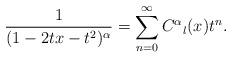
LaTeX: \begin{align*}\frac{1}{(1-2tx-t^2)^{\alpha}}=\sum_{n=0}^{\infty}C^{\alpha}{}_l(x)t^n.\end{align*}